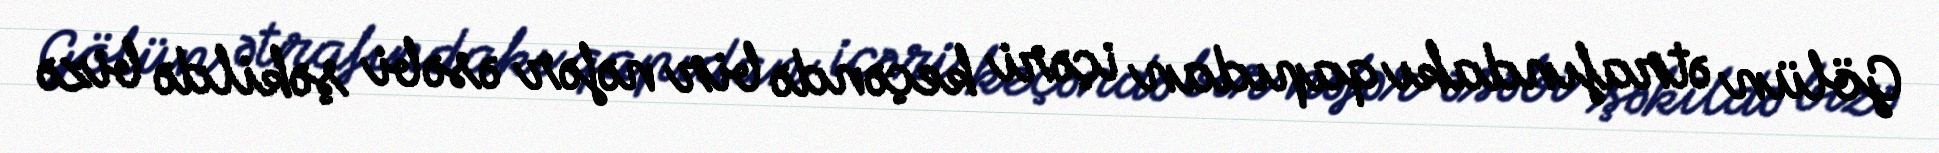
Gölün ətrafındakı qapıdan içəri keçəndə bir nəfər əsəbi şəkildə bizə